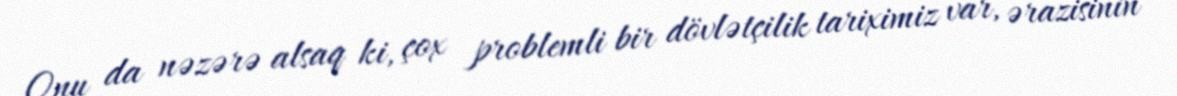
Onu da nəzərə alsaq ki, çox problemli bir dövlətçilik tariximiz var, ərazisinin